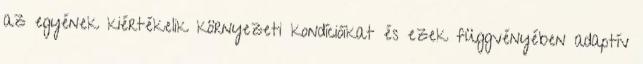
az egyének kiértékelik környezeti kondícióikat és ezek függvényében adaptív